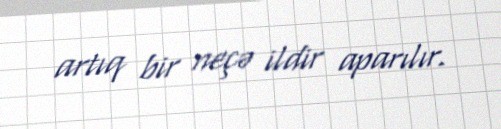
artıq bir neçə ildir aparılır.